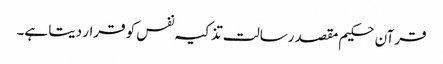
قرآن حکیم مقصد رسالت تذکیہ نفس کو قرار دیتا ہے۔